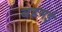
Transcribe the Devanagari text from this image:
बहमई